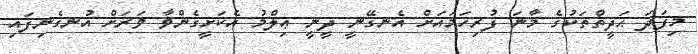
މިފަދަ ޙަދީޘްތަކުގެ މާނަ ފުރިހަމައަށް އެނގޭނީ ދީނީ ޢިލްމު އެކަށީގެންވާ ވަރަށް އުނގެނިފައި